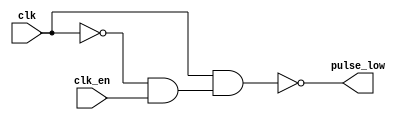
// License: Mozilla Public License : Version 2.0
/*
 Generates low pulse following rising edge of clock.
	 Delayed vs clk by the tPD of n4.
	 Width determined by the tPD of n1/n2/n3
 */
`timescale 1ns/1ns
module pulseGenerator (input clk,
                       input clk_en, // hign enables the pulse 
                       output pulse_low // pulse goes low
                       );
    
    // NEEDED FOR SHORT /WE PULSE ON RISING EDGE OF CLOCK FOR
    // 74HCT670 WHOSE MIN write pulse width is 20ns.
    // HOW IN PRACTICE? RC? OR MORE GATES AS SHOWN HERE?

    // Using 74HCT00 NAND
    // https://assets.nexperia.com/documents/data-sheet/74HC_HCT00.pdf
    // tPD 10ns gives a 30ns pulse
    parameter tPD = 10;
    
    wire gclk;
    wire not_gclk;
    wire not_clk;

    nand #(tPD) n1(not_clk, clk);
    nand #(tPD) n2(gclk, not_clk, clk_en);
    nand #(tPD) n3(not_gclk, gclk);
    nand #(tPD) n4(pulse_low, clk , not_gclk);

    
endmodule